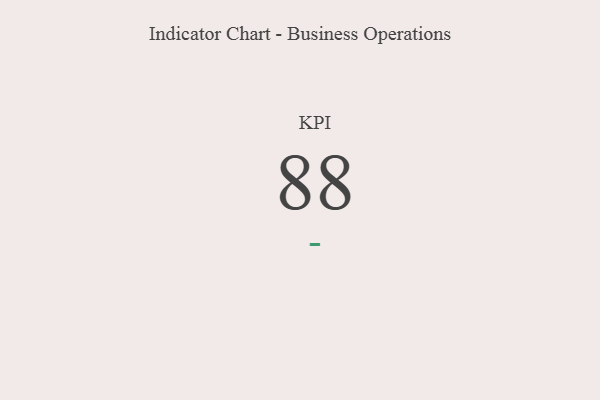
{"axis": {"x": "KPI", "y": "Value"}, "legend": [""], "data": [{"x": "KPI", "y": 88, "type": ""}]}